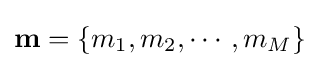
{\textbf {m}}=\left\{m_{1},m_{2},\cdots ,m_{M}\right\}